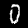
Digit: 0